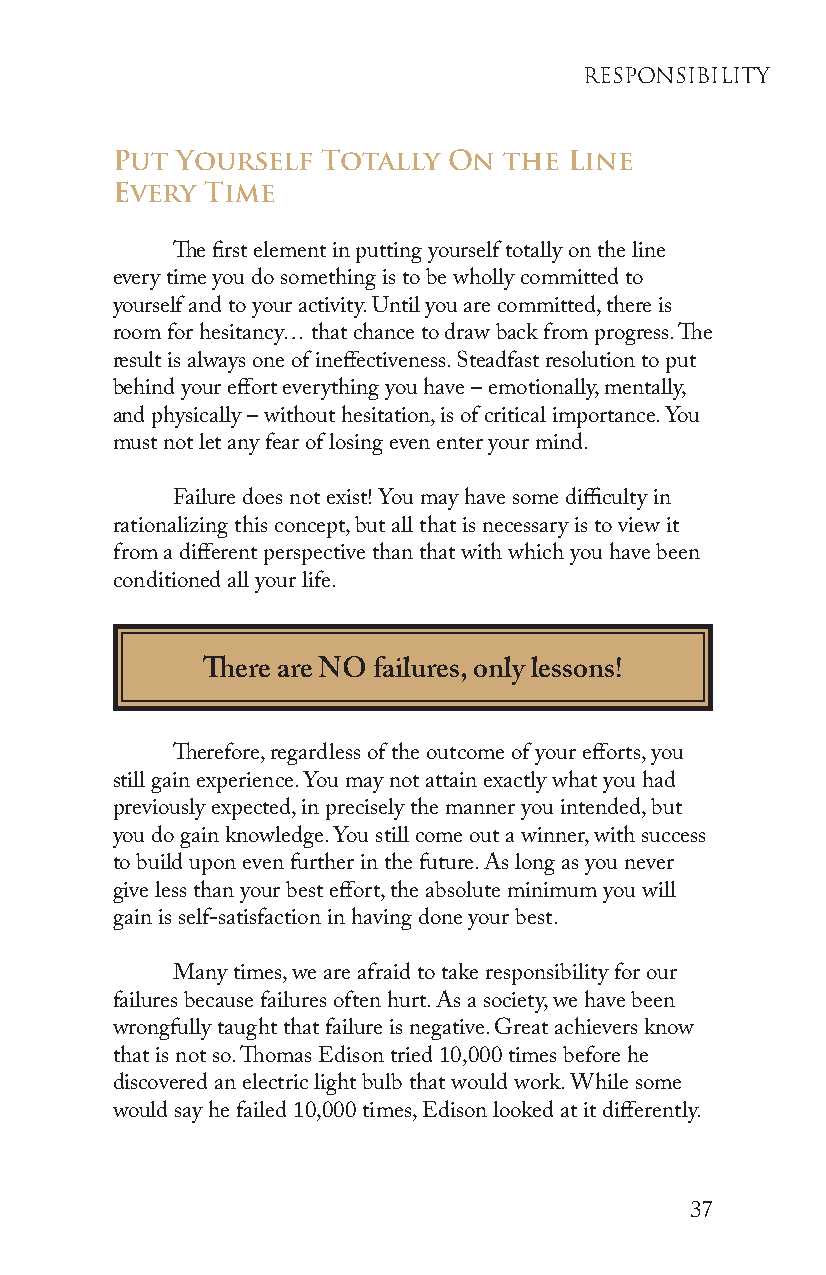
ResPonsiBility
 Put  Yourself Totally  On the  Line
 Every  Time
 The first element in putting yourself totally on the line
 every time you do something is to be wholly committed to
 yourself and to your activity. Until you are committed, there is
 room for hesitancy… that chance to draw back from progress. The
 result is always one of ineffectiveness. Steadfast resolution to put
 behind your effort everything you have – emotionally, mentally,
 and physically – without hesitation, is of critical importance. You
 must not let any fear of losing even enter your mind.
 Failure does not exist! You may have some difficulty in
 rationalizing this concept, but all that is necessary is to view it
 from a different perspective than that with which you have been
 conditioned all your life.
 There are NO failures, only lessons!
 Therefore, regardless of the outcome of your efforts, you
 still gain experience. You may not attain exactly what you had
 previously expected, in precisely the manner you intended, but
 you do gain knowledge. You still come out a winner, with success
 to build upon even further in the future. As long as you never
 give less than your best effort, the absolute minimum you will
 gain is self-satisfaction in having done your best.
 Many times, we are afraid to take responsibility for our
 failures because failures often hurt. As a society, we have been
 wrongfully taught that failure is negative. Great achievers know
 that is not so. Thomas Edison tried 10,000 times before he
 discovered an electric light bulb that would work. While some
 would say he failed 10,000 times, Edison looked at it differently.
 37